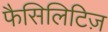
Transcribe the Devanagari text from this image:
फैसिलिटिज़